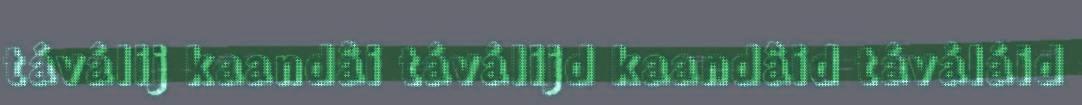
táválij kaandâi táválijd kaandâid táváláid